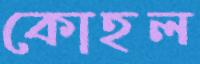
কোহল